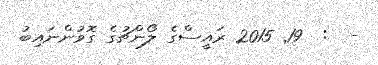
-  :  19